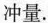
冲量.